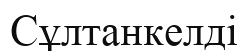
Сұлтанкелді